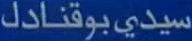
سيدي-بوقنادل